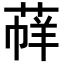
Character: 𦳟